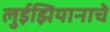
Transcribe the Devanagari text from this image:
लुईझियानाचे